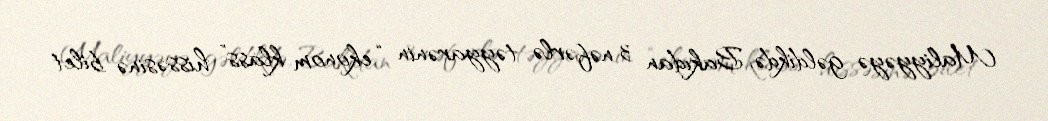
Maliyyəyə gəldikdə, Bakıdan 3 nəfərlə təyyarənin “ekonom klass” hissəsinə bilet